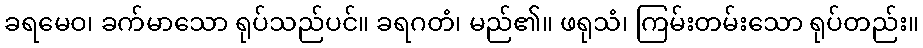
ခရမေဝ၊ ခက်မာသော ရုပ်သည်ပင်။ ခရဂတံ၊ မည်၏။ ဖရုသံ၊ ကြမ်းတမ်းသော ရုပ်တည်း။